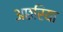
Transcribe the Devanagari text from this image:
अछरिया